Civil Veterinary Dept. Assam report 1927-50 - 1927-1950
Year: 1927
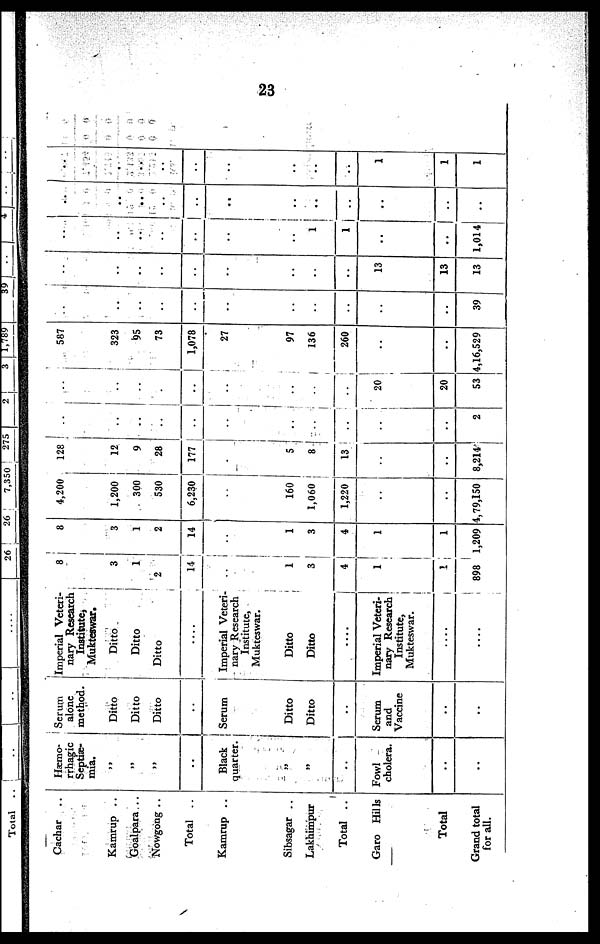
23
Cachar ..
Kamrup ..
Goalpara ..
Nowgong ..
Total ..
Kamrup ..
Sibsagar ..
Lakhimpur
Total ..
Garo Hills
Total
Grand total
for all.
Hemo-
rrhagic
Septiæ-
mia.
„
„
„
..
Black
quarter.
„
„
..
Fowl
cholera.
..
..
Serum
alone
method.
Ditto
Ditto
Ditto
..
Serum
Ditto
Ditto
..
Serum
and
Vaccine
..
..
Imperial Veteri-
nary Research
Institute,
Mukteswar.
Ditto
Ditto
Ditto
....
Imperial Veteri-
nary Research
Institute,
Mukteswar.
Ditto
Ditto
....
Imperial Veteri-
nary Research
Institute,
Mukteswar.
....
....
8
3
1
2
14
..
1
3
4
1
1
898
8
3
1
2
14
..
1
3
4
1
1
1,209
4,200
1,200
300
530
6,230
..
160
1,060
1,220
..
..
4,79,150
128
12
9
28
177
..
5
8
13
..
..
8,214
..
..
..
..
..
..
..
..
..
..
2
..
..
..
.
..
..
..
..
..
20
20
53
587
323
95
73
1,078
27
97
136
260
..
..
4,16,529
..
..
..
..
..
..
..
..
..
..
..
39
..
..
..
..
..
..
..
..
..
13
13
13
..
..
..
..
..
..
..
1
1
..
..
1,014
..
..
..
..
..
..
..
..
..
..
..
..
.
..
..
..
..
..
..
..
1
1
1